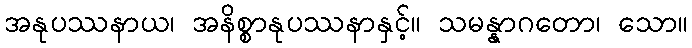
အနုပဿနာယ၊ အနိစ္စာနုပဿနာနှင့်။ သမန္နာဂတော၊ သော။